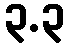
၃.၃